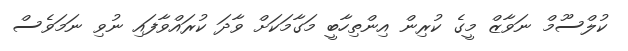
ކުލްސޫމް ނަވާޒް މީގެ ކުރިން އިންތިހާބީ މަގާމަކަށް ވާދަ ކުރައްވާފައި ނުވި ނަމަވެސް